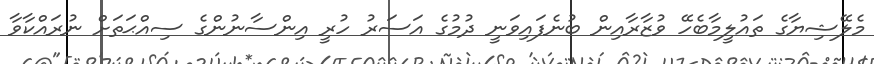
މެލޭޝިޔާގެ ތައުލީމާބެހޭ ވުޒާރާއިން ބުނެފައިވަނީ ދުމުގެ އަސަރު ހުރީ އިންސާނުންގެ ސިއްޙަތަށް ނުރައްކާވާ